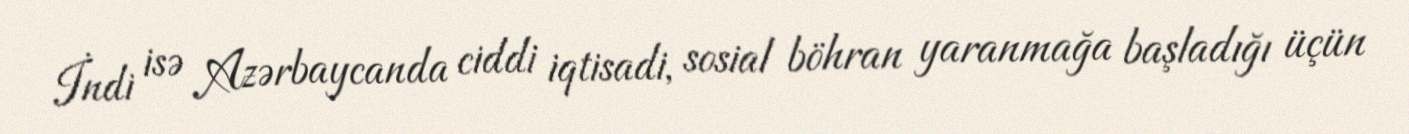
İndi isə Azərbaycanda ciddi iqtisadi, sosial böhran yaranmağa başladığı üçün